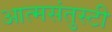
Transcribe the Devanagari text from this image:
आत्मसंतुस्टी